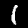
Digit: 1